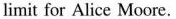
limit for Alice Moore.